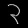
Digit: ၃